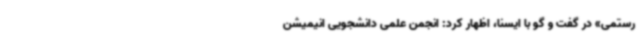
رستمی» در گفت و گو با ایسنا، اظهار کرد: انجمن علمی دانشجویی انیمیشن